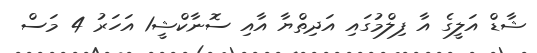
ޝާޑް އަލީގެ އާ ފިލްމުގައި އަދިތްޔާ އާއި ސޮނާކްޝީ1 އަހަރު 4 މަސް